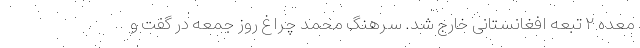
معده ۲ تبعه افغانستانی خارج شد. سرهنگ محمد چراغ روز جمعه در گفت و